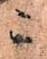
ニ